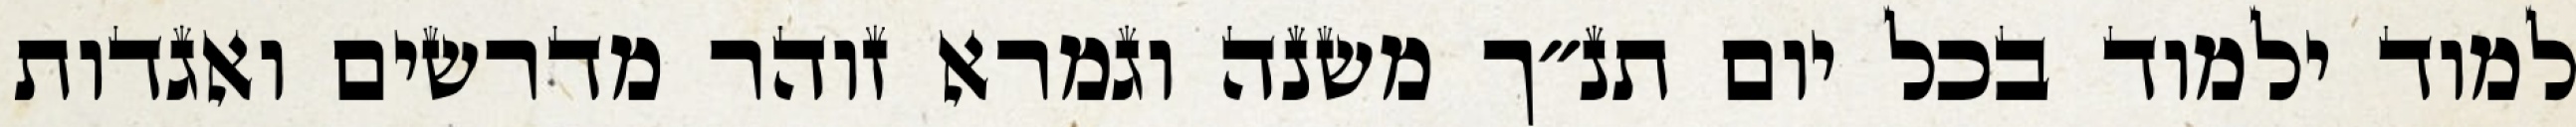
למוד ילמוד בכל יום תנ״ך משנה וגמרא זוהר מדרשים ואגדות